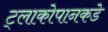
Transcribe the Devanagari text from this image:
ट्लाकोपानकडे